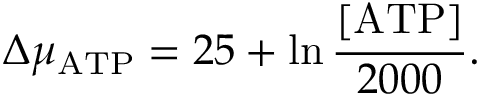
\Delta \mu _ { \mathrm { A T P } } = 2 5 + \ln { \frac { [ \mathrm { A T P ] } } { 2 0 0 0 } } .